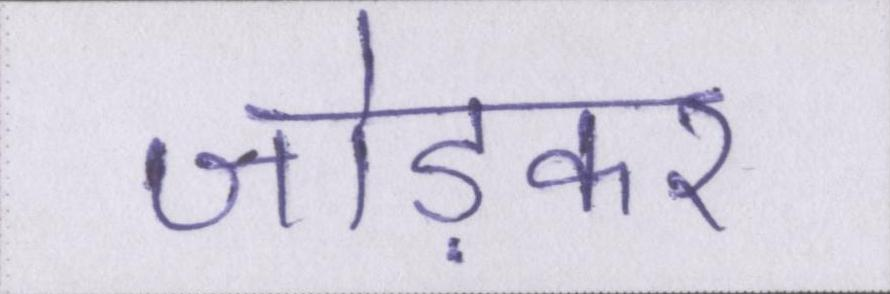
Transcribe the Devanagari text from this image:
जोड़कर